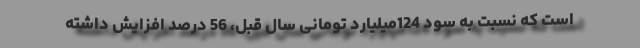
است که نسبت به سود 124میلیارد تومانی سال قبل، 56 درصد افزایش داشته